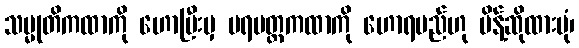
သမ္မုတိကထာကို ဟောပြီးမှ ပရမတ္ထကထာကို ဟောရမည်ဟု မိန့်ဆိုထားပုံ၊